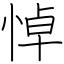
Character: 悼